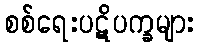
စစ်ရေးပဋိပက္ခများ